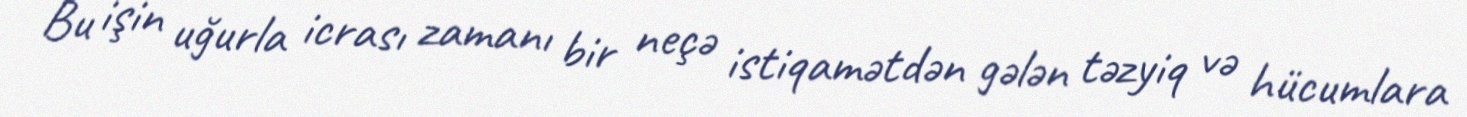
Bu işin uğurla icrası zamanı bir neçə istiqamətdən gələn təzyiq və hücumlara